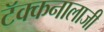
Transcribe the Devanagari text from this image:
टॅक्कनालाजी